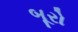
બૂરો